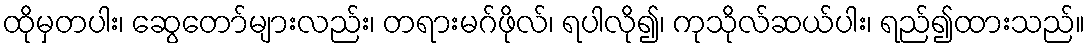
ထိုမှတပါး၊ ဆွေတော်များလည်း၊ တရားမဂ်ဖိုလ်၊ ရပါလို၍၊ ကုသိုလ်ဆယ်ပါး၊ ရည်၍ထားသည်။